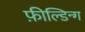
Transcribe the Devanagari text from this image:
फ़ील्डिन्ग